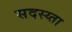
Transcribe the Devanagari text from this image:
सदस्य्ता